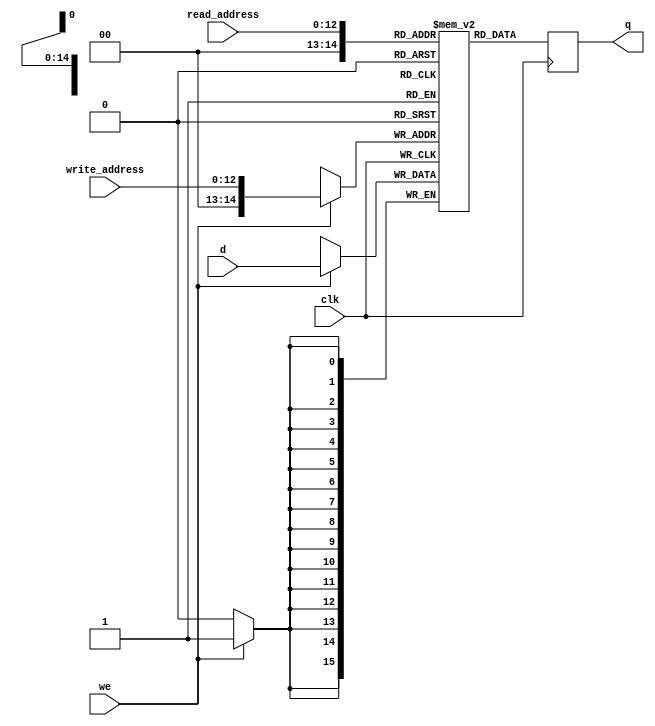

module ram_32(
    output reg [15:0] q,
    input [15:0] d,
    input [12:0] write_address, read_address,
    input we, clk
);
    //(* ramstyle = "M9K" *)
    reg [15:0] mem [32767:0]; // 32K 16-bit RAM
    
    always @ (posedge clk) begin
        if (we)
            mem[write_address] <= d;
        q <= mem[read_address]; // q doesn't get d in this clock cycle
    end
    
endmodule